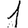
Digit: 1